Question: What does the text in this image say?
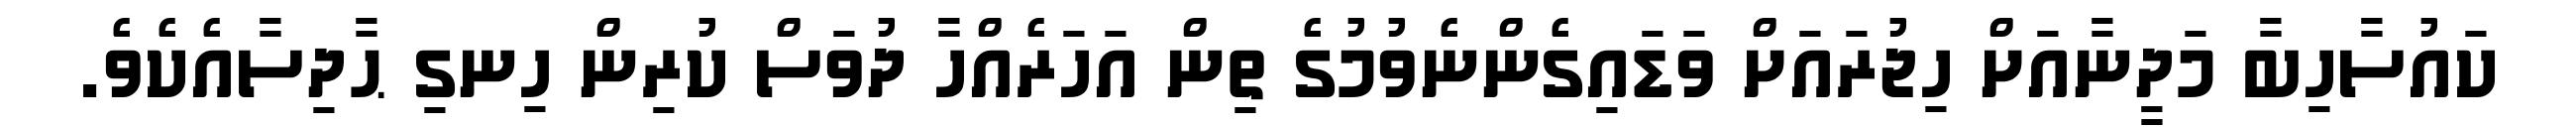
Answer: ކައުސާހިބާ މަދީނާއަށް ހިޖުރައަށް ވަޑައިގެންނެވުމުގެ ތިން އަހަރެއްހާ ދުވަސް ކުރިން ހިނގި ޙާދިސާއެކެވެ.